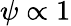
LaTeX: \psi\propto 1